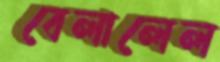
বেলালেল